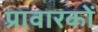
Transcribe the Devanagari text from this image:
प्रावारकों